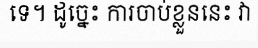
ទេ។ ដូច្នេះ ការចាប់ខ្លួននេះ វា